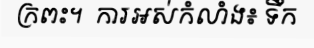
ក្រពះ។  ការអស់កំលាំង៖ ទឹក